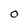
Character: O